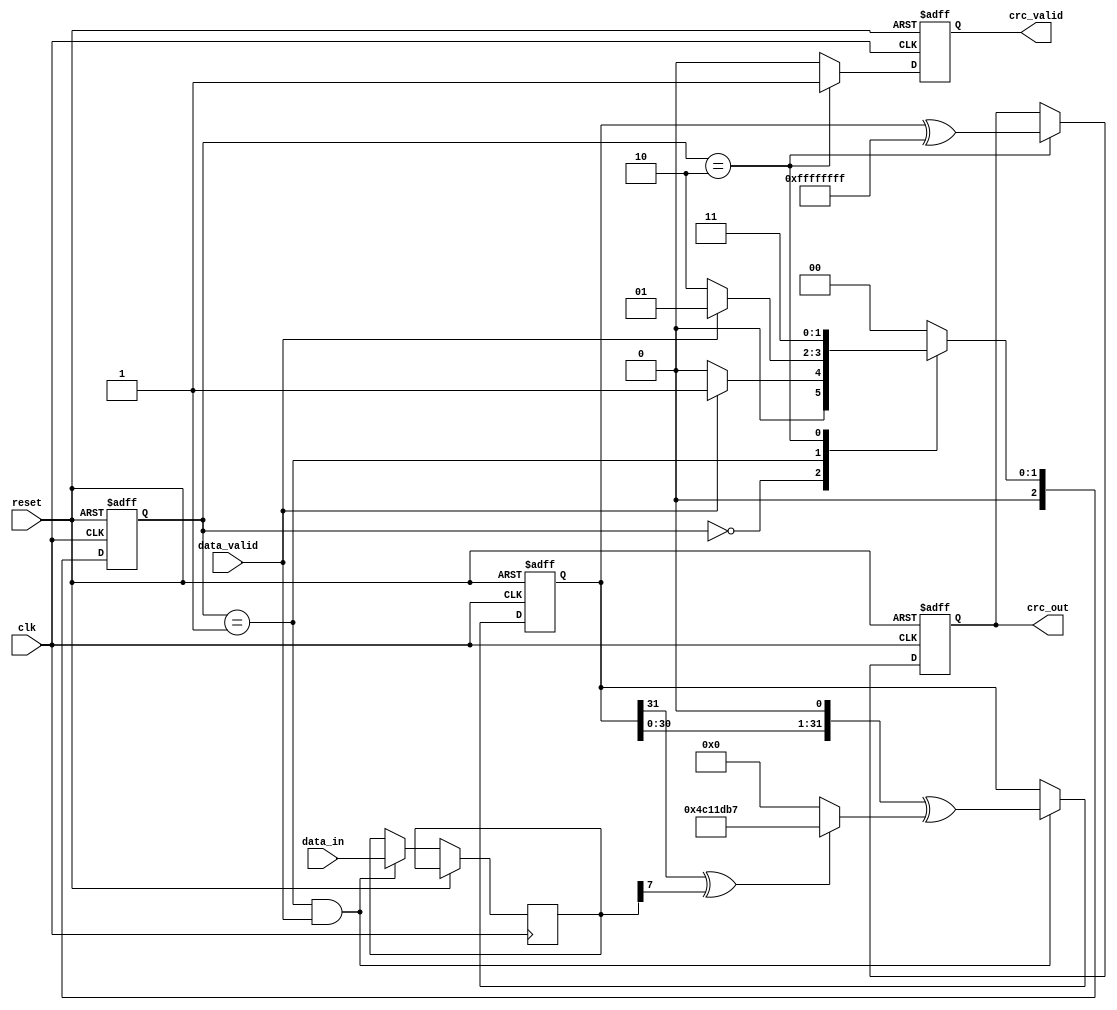
module parameterized_crc #(
    parameter CRC_WIDTH = 32,             // Width of the CRC output
    parameter POLYNOMIAL = 32'h04C11DB7,  // Polynomial for the CRC calculation (example: CRC-32)
    parameter INITIAL_VALUE = 32'hFFFFFFFF,// Initial value for the CRC register
    parameter FINAL_XOR_VALUE = 32'hFFFFFFFF // Final XOR value
)(
    input  wire [7:0] data_in,            // Input data (8 bits)
    input  wire data_valid,                // Data valid signal
    input  wire reset,                     // Synchronous reset
    input  wire clk,                       // Clock signal
    output reg  [CRC_WIDTH-1:0] crc_out,  // Computed CRC output
    output reg  crc_valid                  // CRC valid signal
);

    reg [CRC_WIDTH-1:0] crc_reg;           // CRC register
    reg [CRC_WIDTH-1:0] polynomial;         // Polynomial representation
    reg [2:0] state;                       // State variable
    reg [2:0] next_state;                  // Next state variable
    reg [7:0] data_shift;                  // Shift register for data processing

    // State encoding
    localparam IDLE       = 3'b000;
    localparam PROCESS    = 3'b001;
    localparam FINALIZE   = 3'b010;
    localparam OUTPUT     = 3'b011;

    // Polynomial representation (defined as a parameter)
    initial begin
        polynomial = POLYNOMIAL;
        crc_reg = INITIAL_VALUE;
    end

    // State Machine
    always @(posedge clk or posedge reset) begin
        if (reset) begin
            crc_reg <= INITIAL_VALUE;
            crc_out <= INITIAL_VALUE;
            crc_valid <= 1'b0;
            state <= IDLE;
        end else begin
            state <= next_state;
            if (state == PROCESS && data_valid) begin
                data_shift <= data_in; // Load new data
                // Update CRC value based on the polynomial and current data
                crc_reg <= (crc_reg << 1) ^ ((crc_reg[CRC_WIDTH-1] ^ data_shift[7]) ? polynomial : 0);
            end
            if (state == FINALIZE) begin
                crc_out <= crc_reg ^ FINAL_XOR_VALUE; // Apply final XOR
                crc_valid <= 1'b1; // Indicate CRC output is valid
            end else begin
                crc_valid <= 1'b0; // Reset valid signal
            end
        end
    end

    // Next state logic
    always @(*) begin
        case (state)
            IDLE: begin
                if (data_valid) begin
                    next_state = PROCESS;
                end else begin
                    next_state = IDLE;
                end
            end
            PROCESS: begin
                if (data_valid) begin
                    next_state = PROCESS; // Continue processing if more data is valid
                end else begin
                    next_state = FINALIZE; // Move to finalize state when no more valid data
                end
            end
            FINALIZE: begin
                next_state = OUTPUT; // Move to output state
            end
            OUTPUT: begin
                next_state = IDLE; // Return to idle after outputting CRC
            end
            default: next_state = IDLE;
        endcase
    end

endmodule